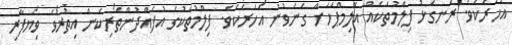
އަހަރެކެވެ. ރަނގަޅު ފިލްމުތަކެއް އޮލިމްޕަހަށް ގެނެވުނު އަހަރެކެވެ. ފިލްމުތަކުގެ އުފެއްދުންތެރިކަން އިތުރުވެ ވިޔަފާރި